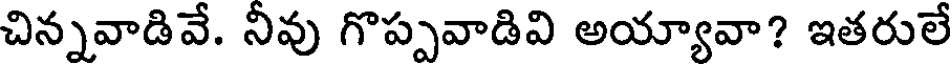
చిన్నవాడివే. నీవు గొప్పవాడివి అయ్యావా? ఇతరులే